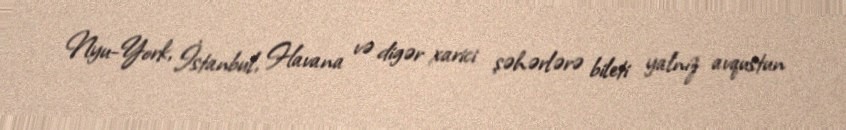
Nyu-York, İstanbul, Havana və digər xarici şəhərlərə bileti yalnız avqustun